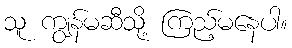
သူ ကျွန်မဆီသို့ ကြည့်မနေပါ။